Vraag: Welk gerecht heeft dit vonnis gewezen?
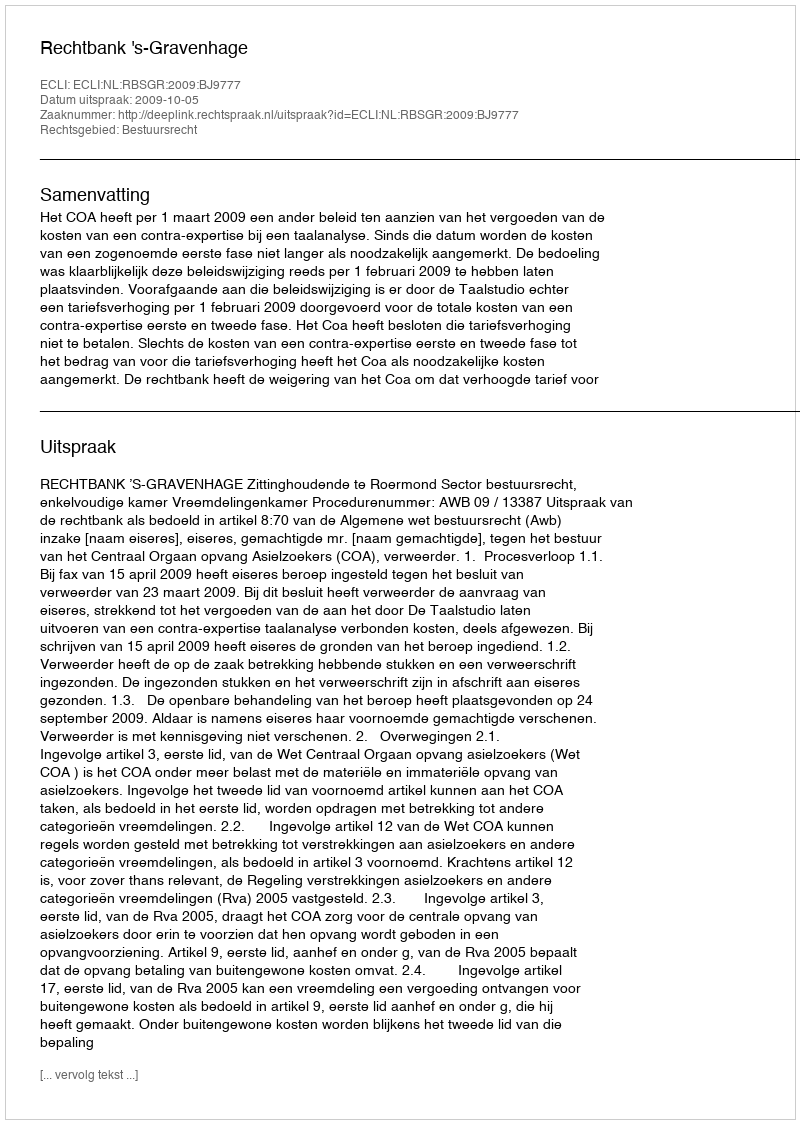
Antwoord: Rechtbank 's-Gravenhage